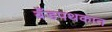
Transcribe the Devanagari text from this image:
बँडपथकात